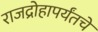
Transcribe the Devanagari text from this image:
राजद्रोहापर्यंतचे